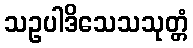
သဥပါဒိသေသသုတ္တံ